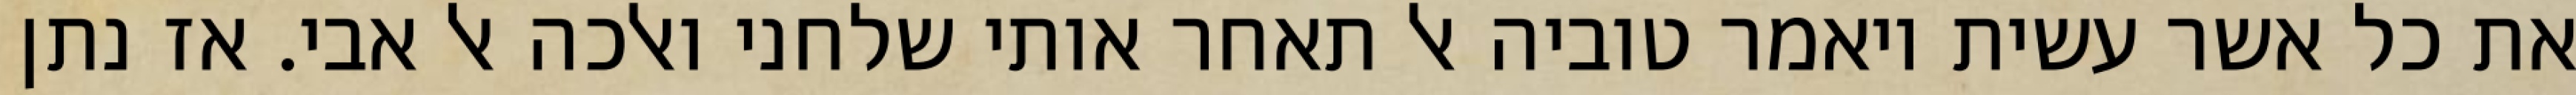
את כל אשר עשית ויאמר טוביה אל תאחר אותי שלחני ואלכה אל אבי. אז נתן